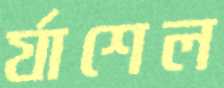
র‍্যাশেল